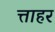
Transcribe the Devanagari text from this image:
त्ताहर